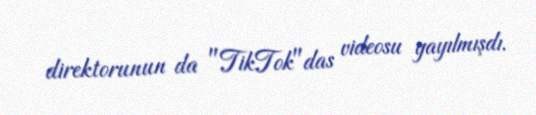
direktorunun da "TikTok"das videosu yayılmışdı.